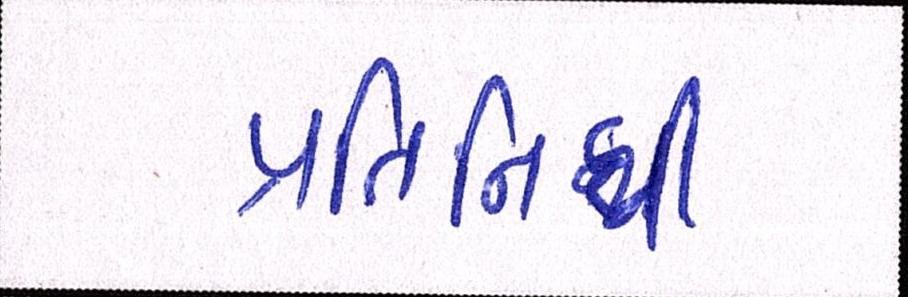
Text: પ્રતિનિધી